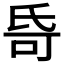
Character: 𬇌